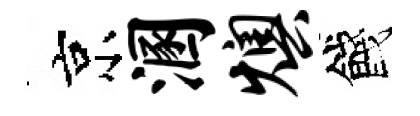
京溷燠餞